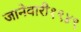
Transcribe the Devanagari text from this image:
जानेवारी१९४९